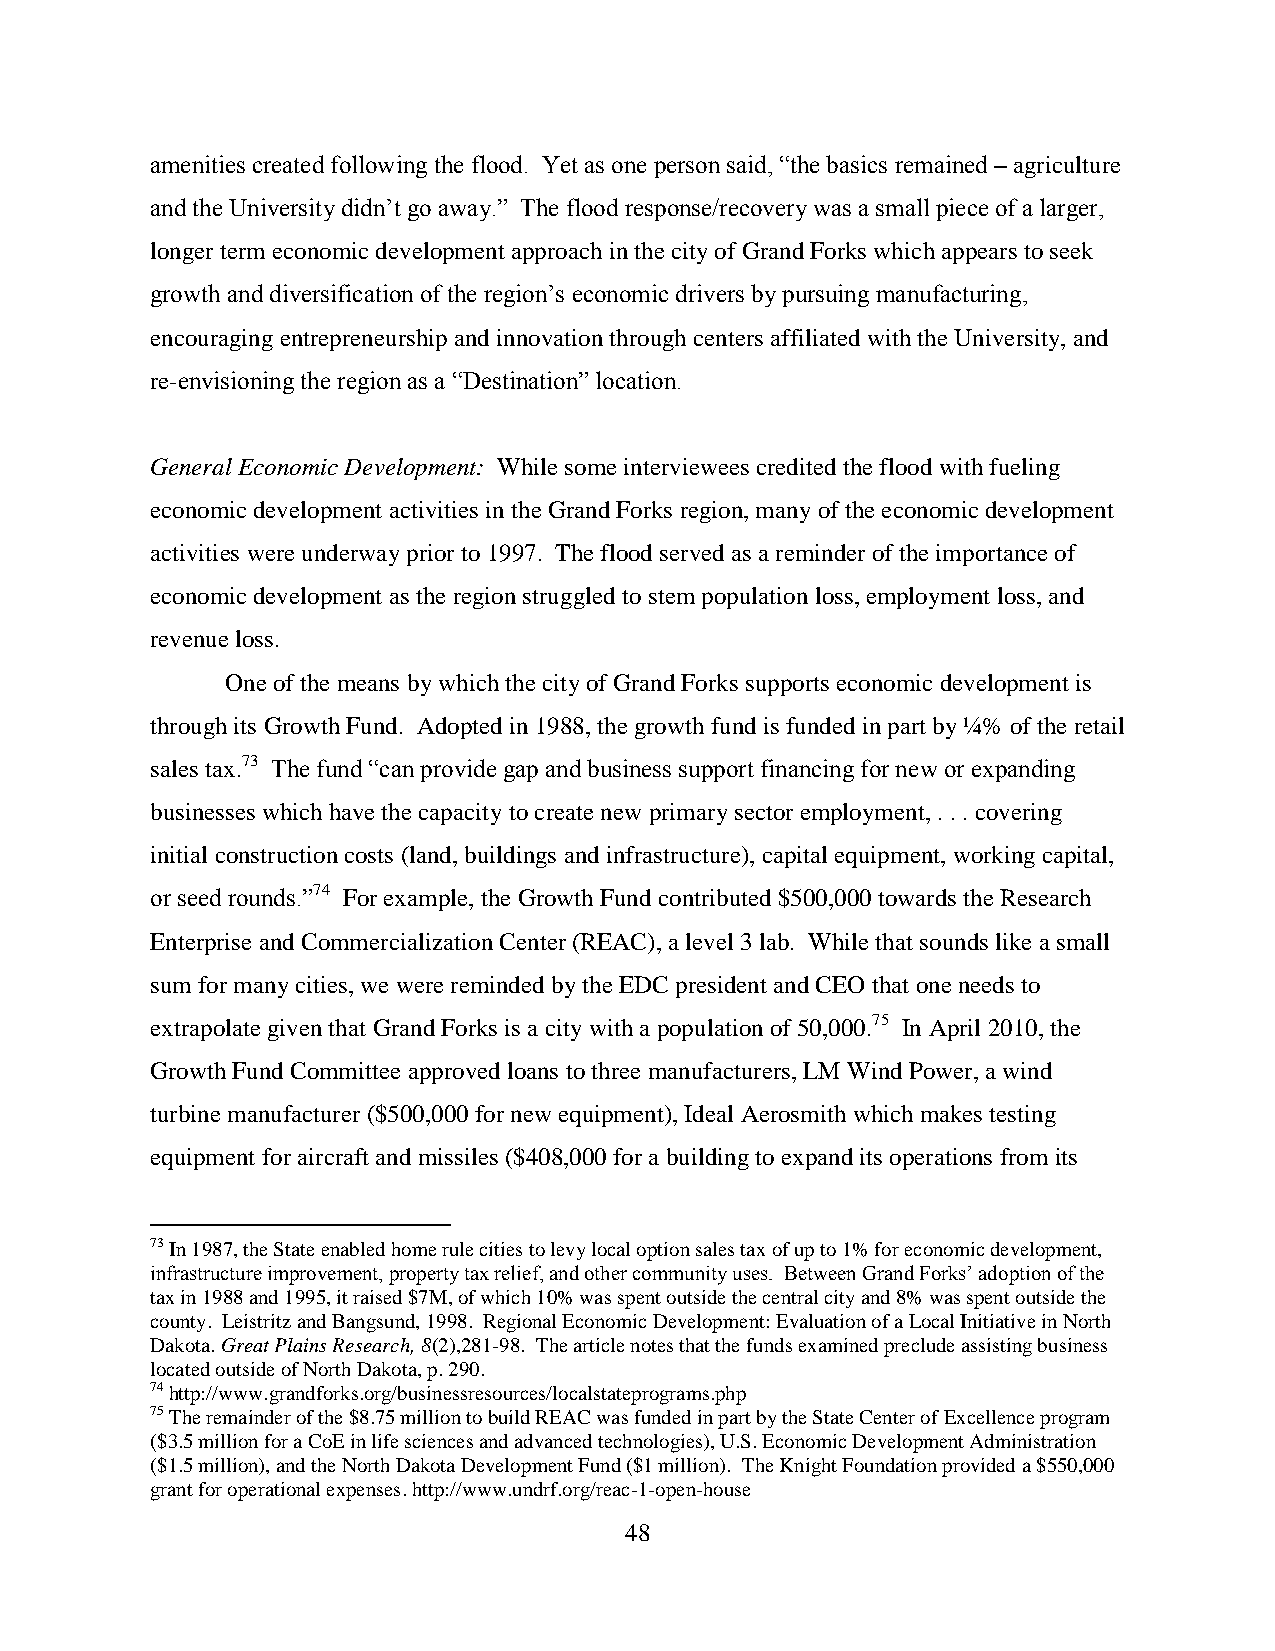
amenities created following the flood. Yet as one person said, “the basics remained – agriculture
 and the University didn’t go away.” The flood response/recovery was a small piece of a larger,
 longer term economic development approach in the city of Grand Forks which appears to seek
 growth and diversification of the region’s economic drivers by pursuing manufacturing,
 encouraging entrepreneurship and innovation through centers affiliated with the University, and
 re-envisioning the region as a “Destination” location.
 General Economic Development: While some interviewees credited the flood with fueling
 economic development activities in the Grand Forks region, many of the economic development
 activities were underway prior to 1997. The flood served as a reminder of the importance of
 economic development as the region struggled to stem population loss, employment loss, and
 revenue loss.
 One of the means by which the city of Grand Forks supports economic development is
 through its Growth Fund. Adopted in 1988, the growth fund is funded in part by ¼% of the retail
 sales tax.73 The fund “can provide gap and business support financing for new or expanding
 businesses which have the capacity to create new primary sector employment, . . . covering
 initial construction costs (land, buildings and infrastructure), capital equipment, working capital,
 or seed rounds.”74 For example, the Growth Fund contributed $500,000 towards the Research
 Enterprise and Commercialization Center (REAC), a level 3 lab. While that sounds like a small
 sum for many cities, we were reminded by the EDC president and CEO that one needs to
 extrapolate given that Grand Forks is a city with a population of 50,000.75 In April 2010, the
 Growth Fund Committee approved loans to three manufacturers, LM Wind Power, a wind
 turbine manufacturer ($500,000 for new equipment), Ideal Aerosmith which makes testing
 equipment for aircraft and missiles ($408,000 for a building to expand its operations from its
 73 In 1987, the State enabled home rule cities to levy local option sales tax of up to 1% for economic development,
 infrastructure improvement, property tax relief, and other community uses. Between Grand Forks’ adoption of the
 tax in 1988 and 1995, it raised $7M, of which 10% was spent outside the central city and 8% was spent outside the
 county. Leistritz and Bangsund, 1998. Regional Economic Development: Evaluation of a Local Initiative in North
 Dakota. Great Plains Research, 8(2),281-98. The article notes that the funds examined preclude assisting business
 located outside of North Dakota, p. 290.
 74 http://www.grandforks.org/businessresources/localstateprograms.php
 75 The remainder of the $8.75 million to build REAC was funded in part by the State Center of Excellence program
 ($3.5 million for a CoE in life sciences and advanced technologies), U.S. Economic Development Administration
 ($1.5 million), and the North Dakota Development Fund ($1 million). The Knight Foundation provided a $550,000
 grant for operational expenses. http://www.undrf.org/reac-1-open-house
 48